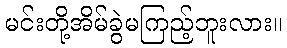
မင်းတို့အိမ်ခွဲမကြည့်ဘူးလား။